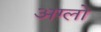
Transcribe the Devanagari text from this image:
अग्लो